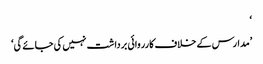
‘
’مدارس کے خلاف کارروائی برداشت نہیں کی جائے گی‘